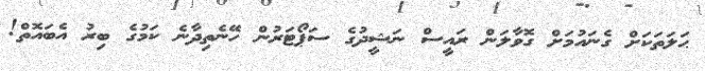
ޙަލަތަކަށް ގެނައުމަށް ގޮވާލަން ރައީސް ނަޝީދުގެ ސަޕޯޓަރުން ހޭނެތިދާނެ ކަމުގެ ބިރު އެބައޮތް!